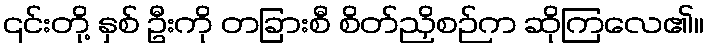
၎င်းတို့ နှစ် ဦးကို တခြားစီ စိတ်ညှိစဉ်က ဆိုကြလေ၏။